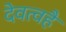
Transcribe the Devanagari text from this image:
देवत्वहै